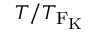
T / T _ { \mathrm { F _ { \mathrm { K } } } }